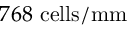
7 6 8 ~ \mathrm { c e l l s } / \mathrm { m m }